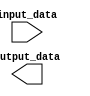
module GenerateParameterizedModule #(parameter WIDTH = 8, parameter DEPTH = 16) (
    input wire [WIDTH-1:0] input_data,
    output reg [WIDTH-1:0] output_data
);

// Add specific functionalities or behaviors based on parameters here

endmodule